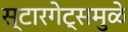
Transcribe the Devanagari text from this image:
स्टारगेट्समुळे